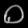
Digit: ၀